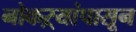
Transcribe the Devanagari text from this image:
नोकऱ्यांपासून